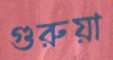
গুরুয়া